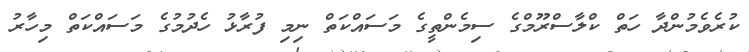
ކުރެވެމުންދާ ހަތް ކްލާސްރޫމްގެ ސިމެންތީގެ މަސައްކަތް ނިމި ފުރާޅު ހެދުމުގެ މަސައްކަތް މިހާރު